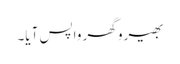
بھیرو گھر واپس آیا۔